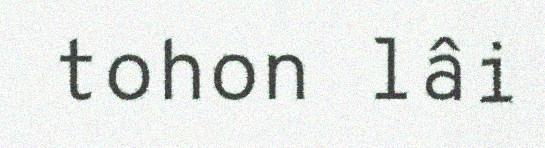
tohon lâi